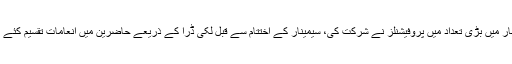
سیمینار میں بڑی تعداد میں پروفیشنلز نے شرکت کی، سیمینار کے اختتام سے قبل لکی ڈرا کے ذریعے حاضرین میں انعامات تقسیم کئے گئے۔